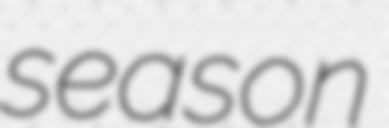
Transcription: season